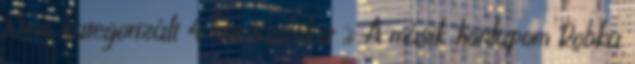
Nem kategorizált 4 hozzászólás » A másik honlapom Robka